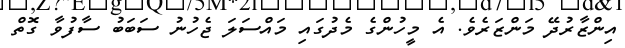
އިންޒާރުދޭ މަންޒަރެވެ. އެ މީހުންގެ މެދުގައި މައްސަލަ ޖެހުނު ސަބަބު ސާފުވާ ގޮތް